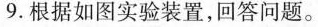
9.根据如图实验装置，回答问题。